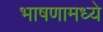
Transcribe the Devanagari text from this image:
भाषणामध्ये